Medical and sanitary report of the native army of Bengal for the year
Year: 1876
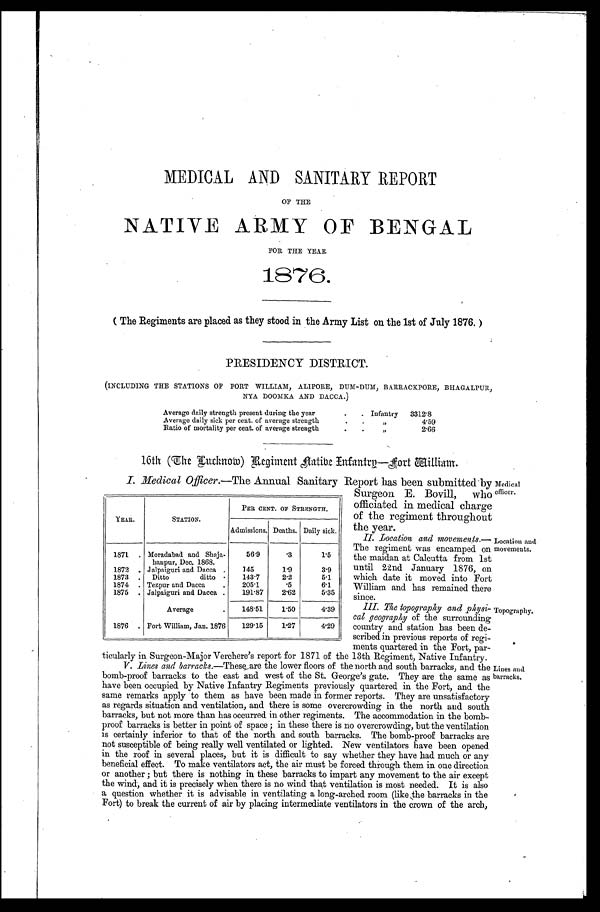
MEDICAL AND SANITARY REPORT
OF THE
NATIVE ARMY OF BENGAL
FOR THE YEAR
1876.
( The Regiments are placed as they stood in the Army List on the 1st of July 1876. )
PRESIDENCY DISTRICT.
(INCLUDING THE STATIONS OF FORT WILLIAM, ALIPORE, DUM-DUM, BARRACKPORE, BHAGALPUR,
NYA DOOMKA AND DACCA.)
Average daily strength present during the year
Infantry 3312.8
Average daily sick per cent. of average strength
, ,
4 . 5 9
Ratio of mortality per cent. of average strength
, ,
2 . 6 6
16th (The Lucknow) Regiment native Infantry—Fort William.
I. Medical Officer.—The Annual Sanitary Report has been submitted by
Surgeon E. Bovill, who
officiated in medical charge
of the regiment throughout
the year.
II. Location and movements.—
The regiment was encamped on
the maidan at Calcutta from 1st
until 22nd January 1876, on
which date it moved into Fort
William and has remained there
since.
III. The topography and physi-
cal geography of the surrounding
country and station has been de-
scribed in previous reports of regi-
ments quartered in the Fort, par-
ticularly in Surgeon-Major Verchere's report for 1871 of the 13th Regiment, Native Infantry.
V. Lines and barracks. —These are the lower floors of the north and south barracks, and the
bomb-proof barracks to the east and west of the St. George's gate. They are the same as
have been occupied by Native Infantry Regiments previously quartered in the Fort, and the
same remarks apply to them as have been made in former reports. They are unsatisfactory
as regards situation and ventilation, and there is some overcrowding in the north and south
barracks, but not more than has occurred in other regiments. The accommodation in the bomb-
proof barracks is better in point of space; in these there is no overcrowding, but the ventilation
is certainly inferior to that of the north and south barracks. The bomb-proof barracks are
not susceptible of being really well ventilated or lighted. New ventilators have been opened
in the roof in several places, but it is difficult to say whether they have had much or any
beneficial effect. To make ventilators act, the air must be forced through them in one direction
or another; but there is nothing in these barracks to impart any movement to the air except
the wind, and it is precisely when there is no wind that ventilation is most needed. It is also
a question whether it is advisable in ventilating a long-arched room (like the barracks in the
Fort) to break the current of air by placing intermediate ventilators in the crown of the arch,
YEAR.
STATION.
PER CENT. OF STRENGTH.
Admissions. Deaths. Daily sick.
1871
Moradabad and Shaja-
hanpur, Dec. 1868.
56.9
.3
1.5
1872
Jalpaiguri and Dacca
145
1.9
3.9
1873
Ditto ditto
143.7
2.2
5.1
1874
Tezpur and Dacca
205.1
.5
6.1
1875
Jalpaiguri and Dacca
191.87
2.62
5.35
Average
148.51
1.50
4. 39
1876
Fort William, Jan. 1876
129.15
1 . 2 7
4. 29
Medical
officer.
Location and
movements.
Topography.
Lines and
barracks.